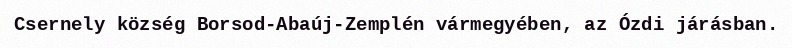
Csernely község Borsod-Abaúj-Zemplén vármegyében, az Ózdi járásban.